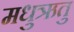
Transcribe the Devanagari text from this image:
मधुऋतु